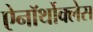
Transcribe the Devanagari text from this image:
ऐनॉर्थोक्लेस